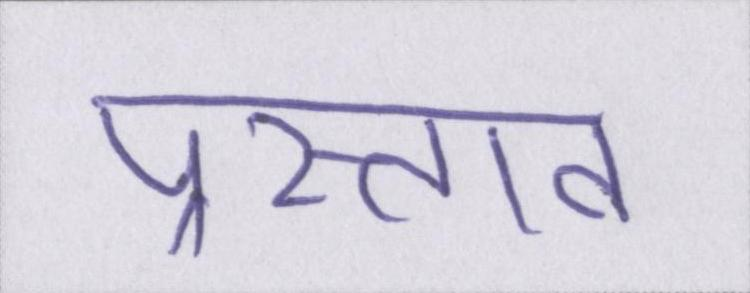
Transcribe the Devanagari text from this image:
प्रस्ताव